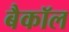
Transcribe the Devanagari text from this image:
बैकॉल